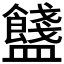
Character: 𥃗